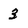
Character: 3